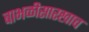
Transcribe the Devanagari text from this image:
बाभळीसारखाच